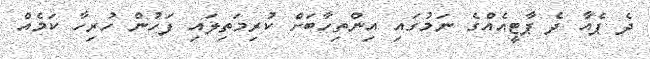
ދެ ޕެއާ ދެ ޕާޓީއެއްގެ ނަމުގައި އިންތިހާބަށް ކުރިމަތިލައި ފަހުން ހުރިހާ ކަމެއް